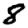
Digit: 8